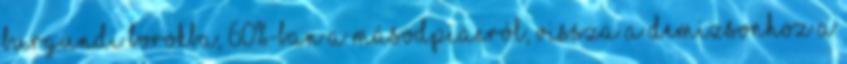
burgundi borokba, 60%-ban a másodpiacról, Vissza a demizsonhoz A